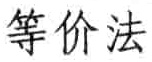
等价法